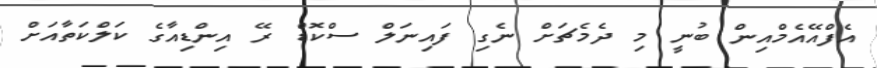
އެފްއޭއެމްއިން ބުނީ މި ދެމެޗަށް ނެގި ފައިނަލް ސްކޮޑް ރޭ އިންޑިއާގެ ކަލްކަތާއަށް